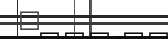
٣